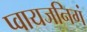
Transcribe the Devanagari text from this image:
प्वायजनिगं